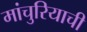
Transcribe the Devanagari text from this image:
मांचुरियाची